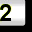
Digit: 2